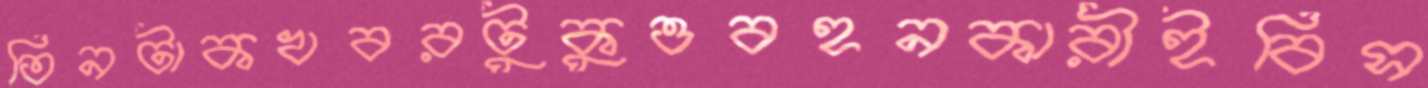
তিনটাকখবরটুকুওবহনকারীইবিস